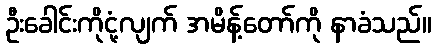
ဦးခေါင်းကိုငုံ့လျက် အမိန့်တော်ကို နာခံသည်။